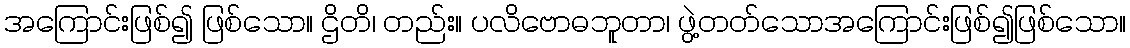
အကြောင်းဖြစ်၍ ဖြစ်သော။ ဌိတိ၊ တည်း။ ပလိဗောဓဘူတာ၊ ဖွဲ့တတ်သောအကြောင်းဖြစ်၍ဖြစ်သော။